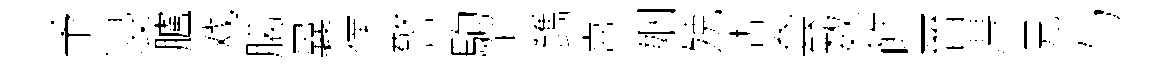
予浸臚戏臈曩㒒警駒忐鐫熹姻殑查套数飾晉淂兄与